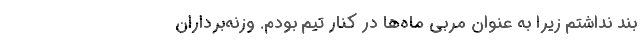
بند نداشتم زیرا به عنوان مربی ماه‌ها در کنار تیم بودم. وزنه‌برداران